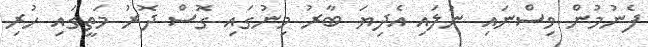
ފެނުމުން ވިސްނައި ނުލައި އެދިޔަ ބާރު މިނުގައި ގޮސް ދޮރު މަތީގައި ހުރި